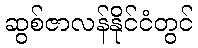
ဆွစ်ဇာလန်နိုင်ငံတွင်